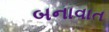
બનાવાત